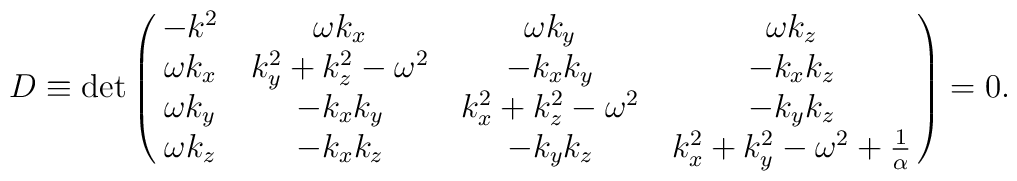
D \equiv {\rm {det}} \pmatrix{-k^{2} & \omega k_{x} & \omega k_{y} & \omega k_{z} \cr\omega k_{x} & k_{y}^{2}+k_{z}^{2}-\omega^{2} &-k_{x} k_{y} & -k_{x} k_{z} \cr\omega k_{y} & -k_{x} k_{y} & k_{x}^{2}+k_{z}^{2}-\omega^{2}& -k_{y} k_{z} \cr\omega k_{z} & -k_{x}k_{z} & -k_{y} k_{z} & k_{x}^{2}+k_{y}^{2}-\omega^{2}+{1\over \alpha} \cr}=0.